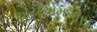
એચએમએસ